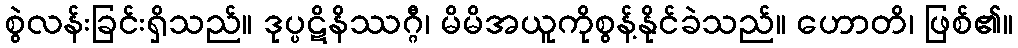
စွဲလန်းခြင်းရှိသည်။ ဒုပ္ပဋိနိဿဂ္ဂီ၊ မိမိအယူကိုစွန့်နိုင်ခဲသည်။ ဟောတိ၊ ဖြစ်၏။